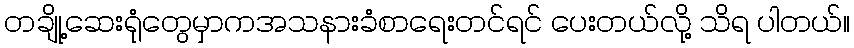
တချို့ဆေးရုံတွေမှာကအသနားခံစာရေးတင်ရင် ပေးတယ်လို့ သိရ ပါတယ်။